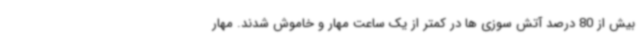
بیش از 80 درصد آتش سوزی ها در کمتر از یک ساعت مهار و خاموش شدند. مهار